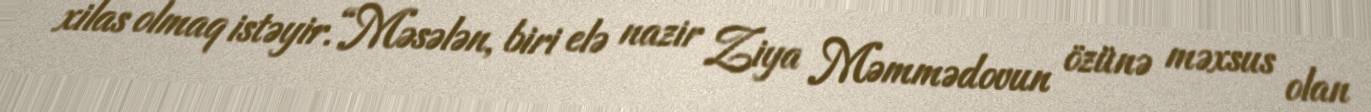
xilas olmaq istəyir.“Məsələn, biri elə nazir Ziya Məmmədovun özünə məxsus olan